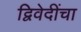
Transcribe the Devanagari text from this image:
द्विवेदींचा